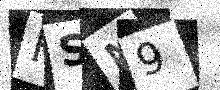
Text: FSN9